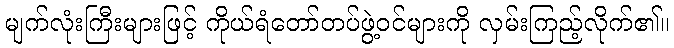
မျက်လုံးကြီးများဖြင့် ကိုယ်ရံတော်တပ်ဖွဲ့ဝင်များကို လှမ်းကြည့်လိုက်၏။